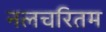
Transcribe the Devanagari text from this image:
नलचरितम